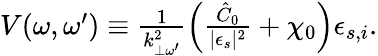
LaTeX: \begin{array}{r}{V(\omega,\omega^{\prime})\equiv\frac{1}{k_{\perp\omega^{\prime}}^{2}}\left(\frac{\hat{C}_{0}}{\lvert\epsilon_{s}\rvert^{2}}+\chi_{0}\right)\epsilon_{s,i}.}\end{array}